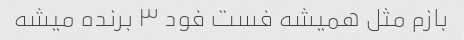
بازم مثل همیشه فست فود ۳ برنده میشه